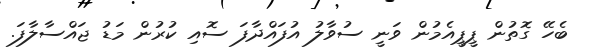
ބެހޭ ގޮތުން ޕީޕީއެމުން ވަނީ ސުވާލު އުފައްދާފަ ސޮއި ކުރުން މަޑު ޖައްސާލާފަ.